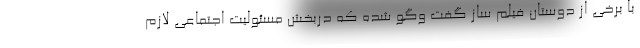
با برخی از دوستان فیلم ساز گفت وگو شده که دربخش مسئولیت اجتماعی لازم